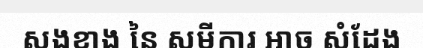
សងខាង នៃ សមីការ អាច សំដែង